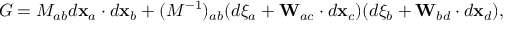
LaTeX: { \cal G } = M _ { a b } d { \bf x } _ { a } \cdot d { \bf x } _ { b } + ( M ^ { - 1 } ) _ { a b } ( d \xi _ { a } + { \bf W } _ { a c } \cdot d { \bf x } _ { c } ) ( d \xi _ { b } + { \bf W } _ { b d } \cdot d { \bf x } _ { d } ) ,